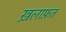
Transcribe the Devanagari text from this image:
ख़लाफ़त